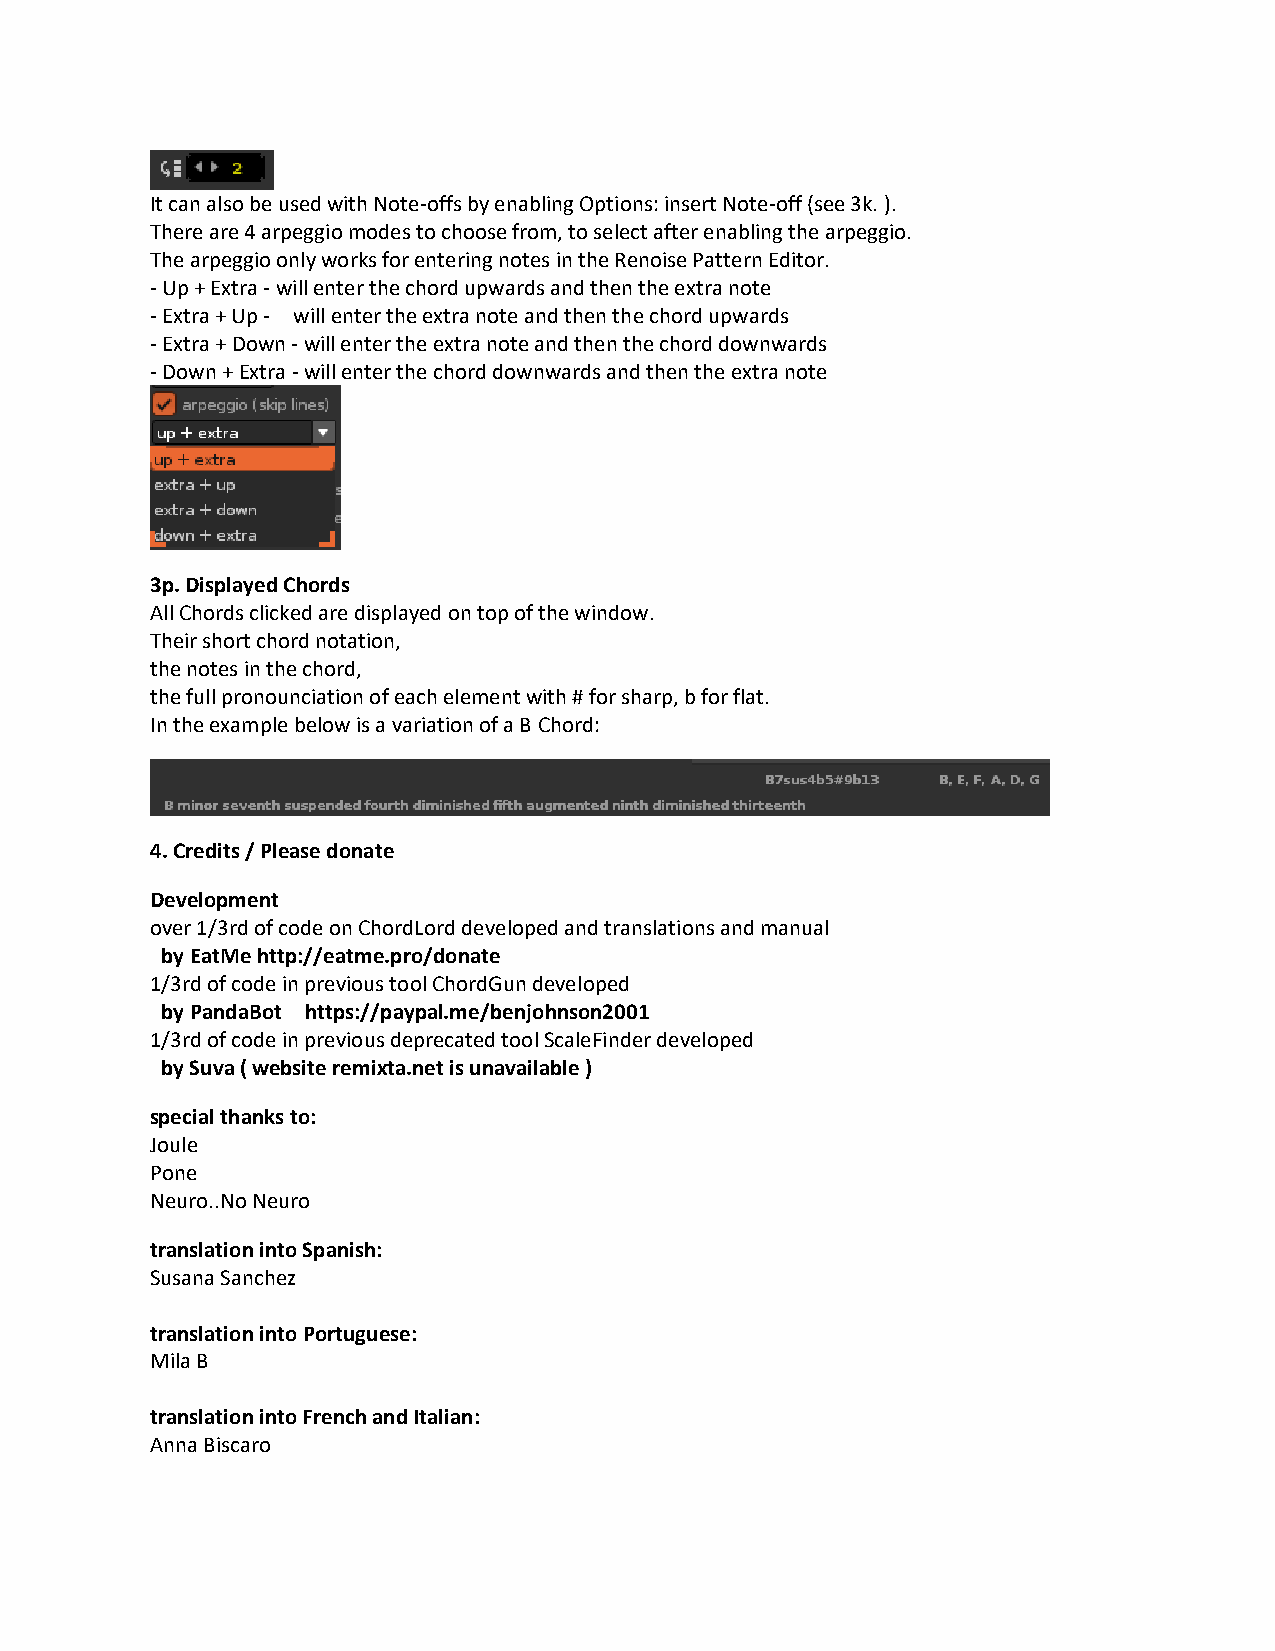
It can also be used with Note-offs by enabling Options: insert Note-off (see 3k. ).
 There are 4 arpeggio modes to choose from, to select after enabling the arpeggio.
 The arpeggio only works for entering notes in the Renoise Pattern Editor.
 - Up + Extra - will enter the chord upwards and then the extra note
 - Extra + Up - will enter the extra note and then the chord upwards
 - Extra + Down - will enter the extra note and then the chord downwards
 - Down + Extra - will enter the chord downwards and then the extra note
 3p. Displayed Chords
 All Chords clicked are displayed on top of the window.
 Their short chord notation,
 the notes in the chord,
 the full pronounciation of each element with # for sharp, b for flat.
 In the example below is a variation of a B Chord:
 4. Credits / Please donate
 Development
 over 1/3rd of code on ChordLord developed and translations and manual
 by EatMe http://eatme.pro/donate
 1/3rd of code in previous tool ChordGun developed
 by PandaBot https://paypal.me/benjohnson2001
 1/3rd of code in previous deprecated tool ScaleFinder developed
 by Suva ( website remixta.net is unavailable )
 special thanks to:
 Joule
 Pone
 Neuro..No Neuro
 translation into Spanish:
 Susana Sanchez
 translation into Portuguese:
 Mila B
 translation into French and Italian:
 Anna Biscaro